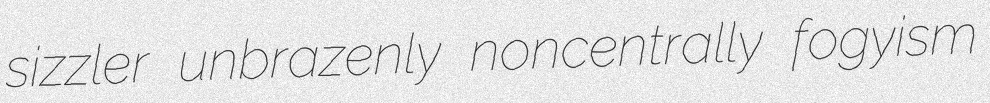
sizzler unbrazenly noncentrally fogyism